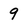
Character: 9